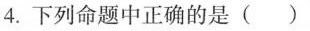
4.下列命题中正确的是()